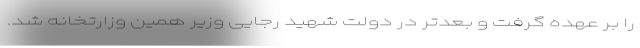
را بر عهده گرفت و بعدتر در دولت شهید رجایی وزیر همین وزارتخانه شد.